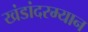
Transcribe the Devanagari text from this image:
खंडांदरम्यान